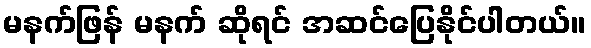
မနက်ဖြန် မနက် ဆိုရင် အဆင်ပြေနိုင်ပါတယ်။